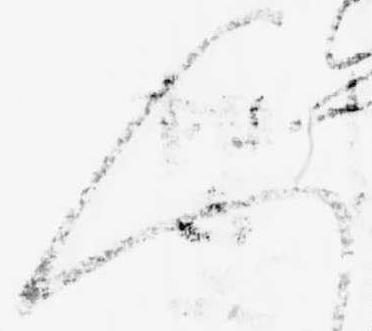
人